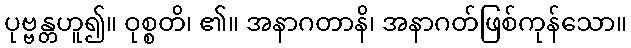
ပုဗ္ဗန္တဟူ၍။ ဝုစ္စတိ၊ ၏။ အနာဂတာနိ၊ အနာဂတ်ဖြစ်ကုန်သော။